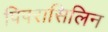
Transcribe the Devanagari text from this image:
पिपरासिलिन